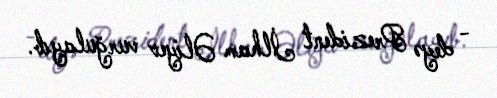
- deyə Prezident İlham Əliyev vurğulayıb.